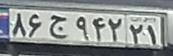
۸۶ج۹۴۲۲۱